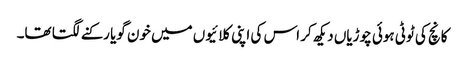
کانچ کی ٹوٹی ہوئی چوڑیاں دیکھ کر اس کی اپنی کلائیوں میں خون گویا رکنے لگتا تھا۔